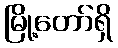
မြို့တော်ရှိ